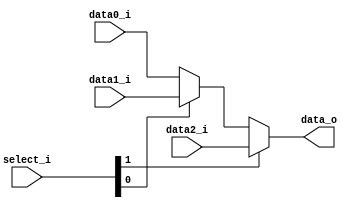
// Class: 109  
module Mux3to1( data0_i, data1_i, data2_i, select_i, data_o );

parameter size = 0;			   
			
//I/O ports               
input wire	[size-1:0] data0_i;          
input wire	[size-1:0] data1_i;
input wire	[size-1:0] data2_i;
input wire	[2-1:0] select_i;
output wire	[size-1:0] data_o; 

//Main function
assign data_o = select_i[1] ? data2_i : 
		select_i[0] ? data1_i : data0_i; 
endmodule